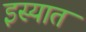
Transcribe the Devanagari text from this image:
इस्यात